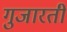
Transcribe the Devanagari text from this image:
गुजारती